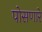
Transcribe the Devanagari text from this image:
पोसणारे